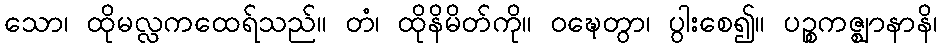
သော၊ ထိုမလ္လကထေရ်သည်။ တံ၊ ထိုနိမိတ်ကို။ ဝဍ္ဎေတွာ၊ ပွါးစေ၍။ ပဉ္စကဇ္ဈာနာနိ၊